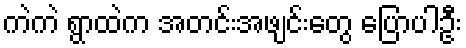
ကဲကဲ ရွာထဲက အတင်းအဖျင်းတွေ ပြောပါဦး